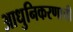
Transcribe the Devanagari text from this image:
आधुनिकरणाची